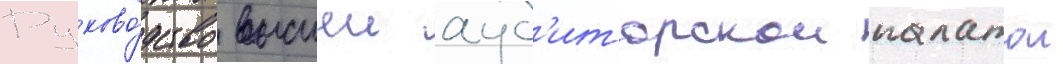
Руково́дство высшеи ауд'иторскои палатои